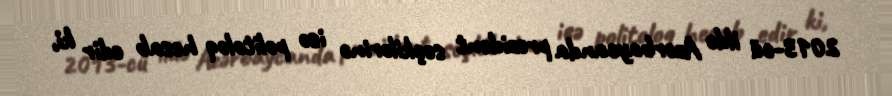
2013-cü ildə Azərbaycanda prezident seçkilərinə isə politoloq hesab edir ki,